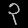
Digit: ၃